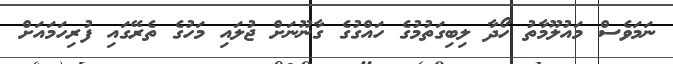
ނަމަވެސް މައުލޫމާތު ހޯދާ ލިބިގަތުމުގެ ހައްގުގެ ގާނޫނަށް ޖުލައި މަހުގެ ތެރޭގައި ފުރިހަމައަށް